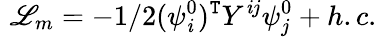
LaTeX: \, \, {\cal{\mathscr{L}}}_{m}=-1/2(\psi_{\mathit{i}}^{0})^{\mathtt{T}}Y^{\mathit{i}j}\psi_{j}^{0}+h.c.